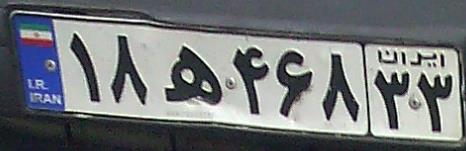
۱۸ه۴۶۸۳۳